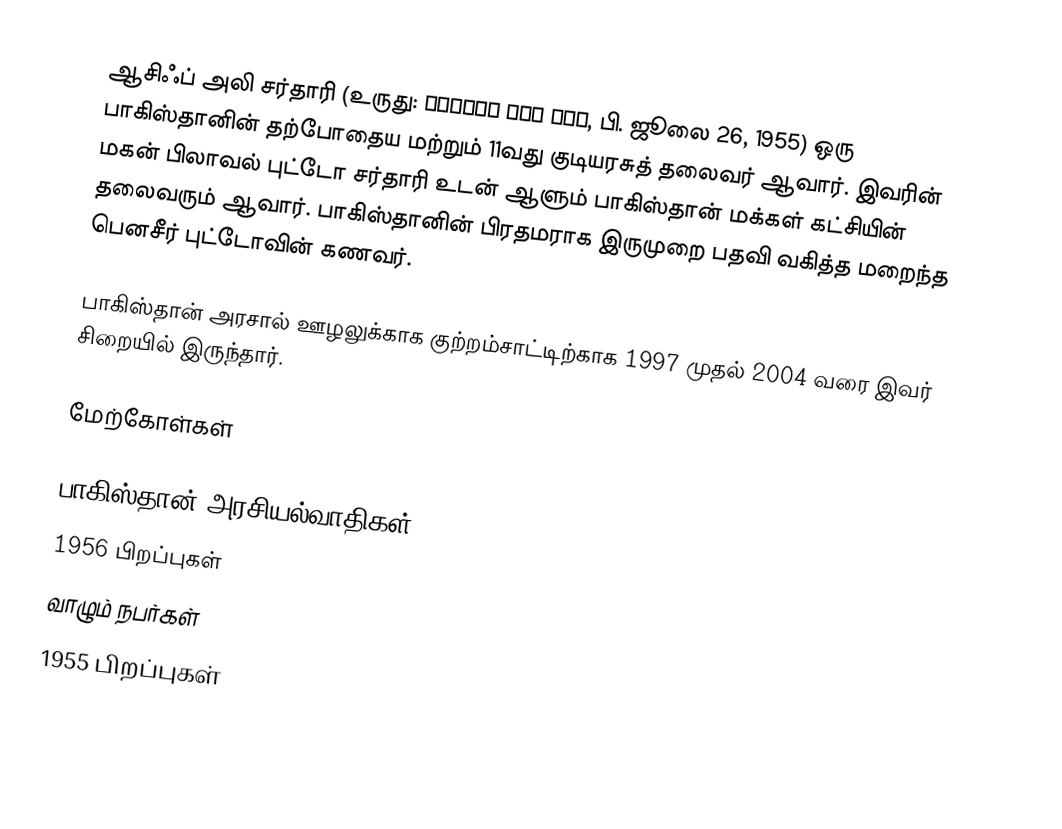
ஆசிஃப் அலி சர்தாரி (உருது: آصف علی زرداری, பி. ஜூலை 26, 1955) ஒரு பாகிஸ்தானின் தற்போதைய மற்றும் 11வது குடியரசுத் தலைவர் ஆவார். இவரின் மகன் பிலாவல் புட்டோ சர்தாரி உடன் ஆளும் பாகிஸ்தான் மக்கள் கட்சியின் தலைவரும் ஆவார். பாகிஸ்தானின் பிரதமராக இருமுறை பதவி வகித்த மறைந்த பெனசீர் புட்டோவின் கணவர்.

பாகிஸ்தான் அரசால் ஊழலுக்காக குற்றம்சாட்டிற்காக 1997 முதல் 2004 வரை இவர் சிறையில் இருந்தார்.

மேற்கோள்கள்

பாகிஸ்தான் அரசியல்வாதிகள்
1956 பிறப்புகள்
வாழும் நபர்கள்
1955 பிறப்புகள்